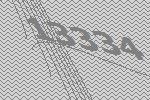
13334